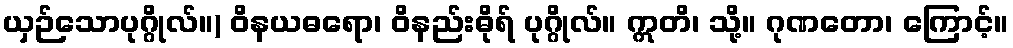
ယှဉ်သောပုဂ္ဂိုလ်။) ဝိနယဓရော၊ ဝိနည်းဓိုရ် ပုဂ္ဂိုလ်။ ဣတိ၊ သို့။ ဂုဏတော၊ ကြောင့်။